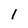
Character: l